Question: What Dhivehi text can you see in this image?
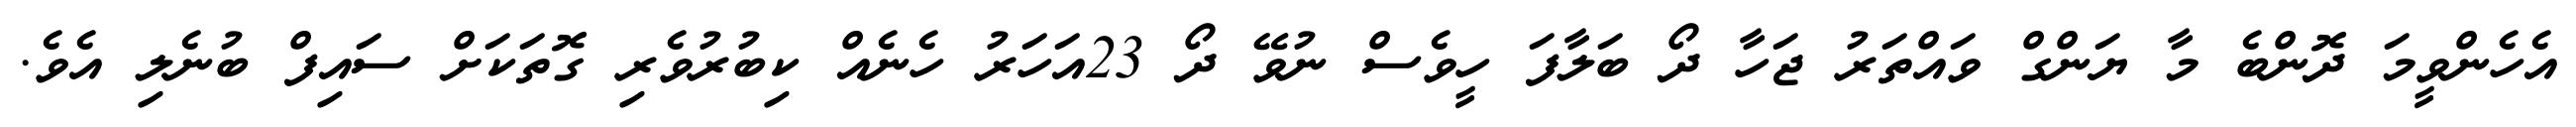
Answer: އެހެންވީމަ ދޮންބެ މާ ޔަންގް ވައްތަރު ޖަހާ ދޯ ބަލާފަ ހީވެސް ނުވޭ ދޯ 23އަހަރު ހެނެއް ކިބުރުވެރި ގޮތަކަށް ސައިފް ބުނެލި އެވެ.